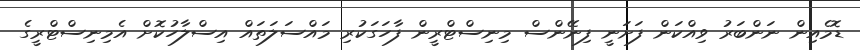
ޑޮމެއިން ނަންބަރު ވިއްކަން ފަށަނީ ފިނޭންސް މިނިސްޓްރީން ފާހަގަކުރި މައްސަލަތައް އިސްލާހުކޮށް އެމިނިސްޓްރީގެ